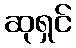
ဆုရှင်